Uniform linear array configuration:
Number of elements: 24
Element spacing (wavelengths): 1
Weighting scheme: uniform
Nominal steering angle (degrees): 60
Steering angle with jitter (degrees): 60.411
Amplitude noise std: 0.05
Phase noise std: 0.05

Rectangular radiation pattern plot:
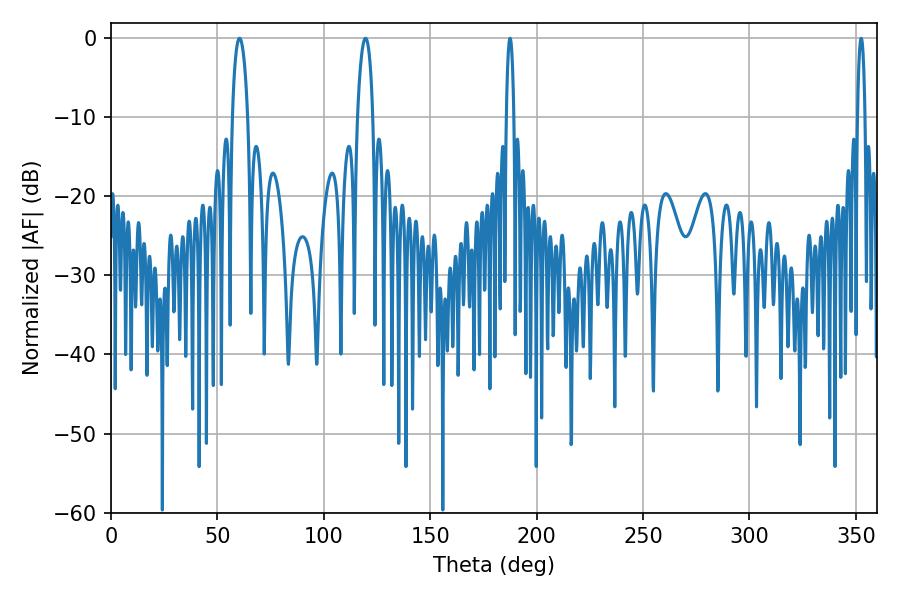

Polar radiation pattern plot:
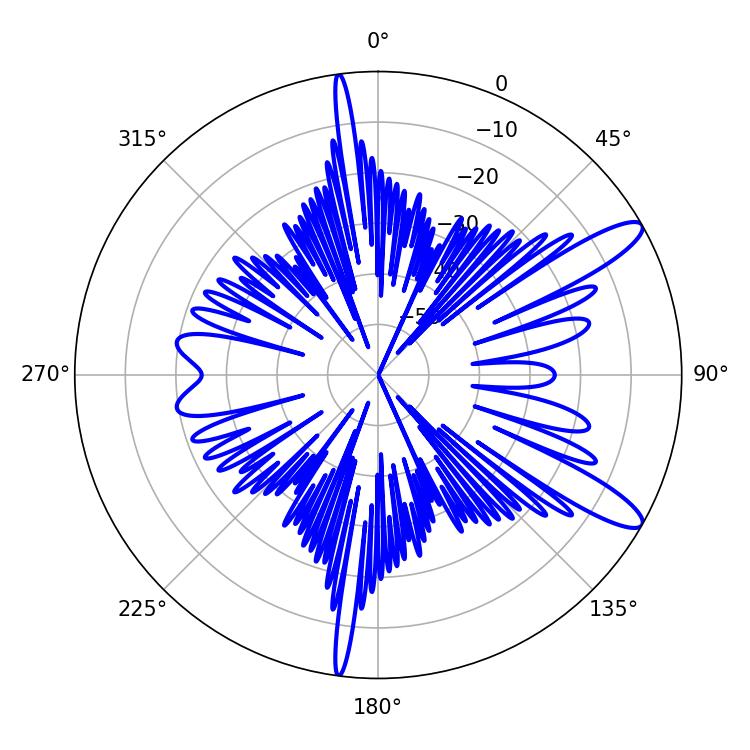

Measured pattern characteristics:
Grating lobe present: TRUE
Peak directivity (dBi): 11.896
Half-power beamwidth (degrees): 3.96
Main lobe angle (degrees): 60.48